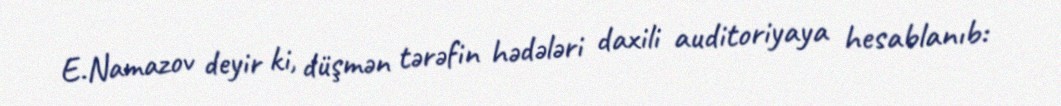
E.Namazov deyir ki, düşmən tərəfin hədələri daxili auditoriyaya hesablanıb: